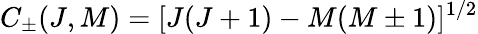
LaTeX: C_{\pm}(J,M)=[J(J+1)-M(M\pm 1)]^{1/2}